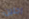
رجلين